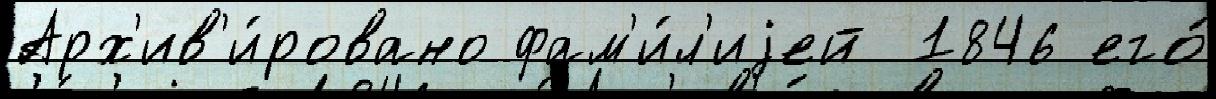
Арх'ив'и́ровано фам'и́л'иjей 1846 его́